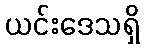
ယင်းဒေသရှိ